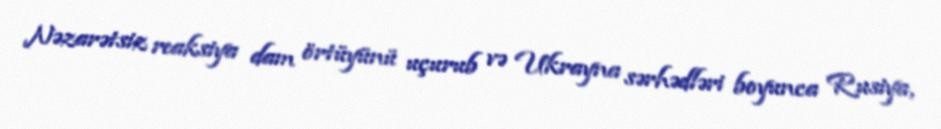
Nəzarətsiz reaksiya dam örtüyünü uçurub və Ukrayna sərhədləri boyunca Rusiya,